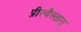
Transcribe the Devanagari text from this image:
प्रीत्यैस्तात्